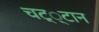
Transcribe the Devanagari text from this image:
चट््टान